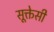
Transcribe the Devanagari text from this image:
सूक्तेसी